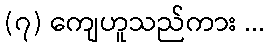
(၇) ကျေဟူသည်ကား ...